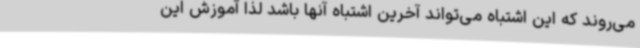
می‌روند که این اشتباه می‌تواند آخرین اشتباه آنها باشد لذا آموزش این